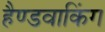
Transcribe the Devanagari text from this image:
हैण्डवाकिंग